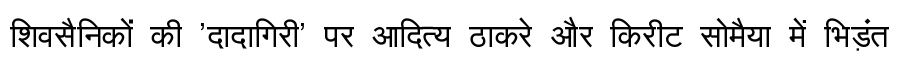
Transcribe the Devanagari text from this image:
शिवसैनिकों की 'दादागिरी' पर आदित्य ठाकरे और किरीट सोमैया में भिड़ंत